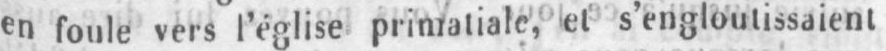
en foule vers l’église primatiale, et s’engloutissaient